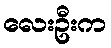
လေးဦးက